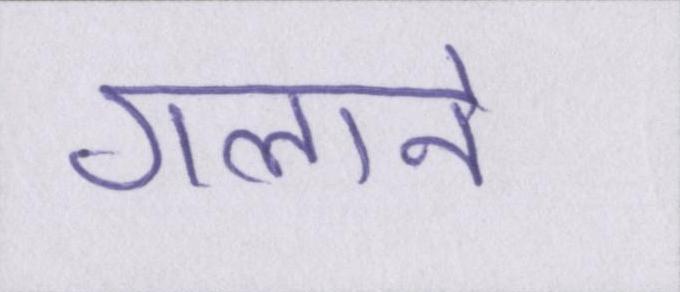
गलाने